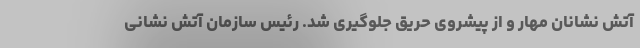
آتش نشانان مهار و از پیشروی حریق جلوگیری شد. رئیس سازمان آتش نشانی